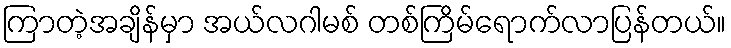
ကြာတဲ့အချိန်မှာ အယ်လဂါမစ် တစ်ကြိမ်ရောက်လာပြန်တယ်။